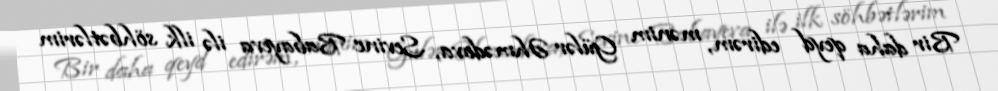
Bir daha qeyd edirəm, mənim Gülər Əhmədova, Sevinc Babayeva ilə ilk söhbətlərim